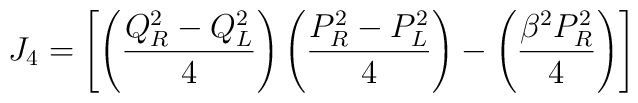
J_4 =  \left[ \left({Q_R^2 - Q_L^2 \over 4}\right)                   \left({P_R^2 - P_L^2 \over 4}\right)                 - \left({\beta^2 P_R^2 \over 4}\right) \right]